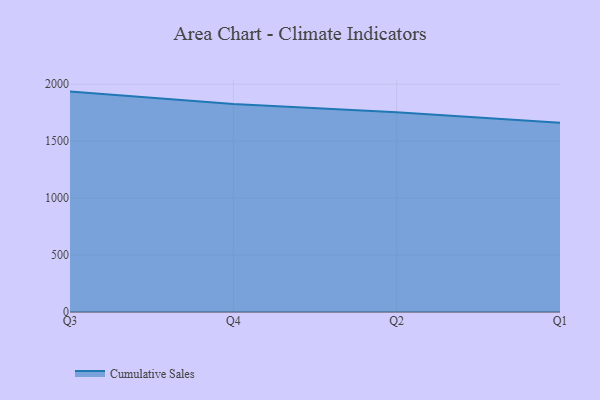
{"axis": {"x": "Quarter", "y": "Shipments"}, "legend": ["Cumulative Sales"], "data": [{"x": "Q3", "y": 1934.7, "type": "Cumulative Sales"}, {"x": "Q4", "y": 1825.1, "type": "Cumulative Sales"}, {"x": "Q2", "y": 1753.9, "type": "Cumulative Sales"}, {"x": "Q1", "y": 1660.8, "type": "Cumulative Sales"}]}